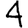
Digit: 4